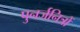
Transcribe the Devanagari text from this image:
पुनर्जनित्रों